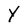
Character: y